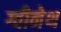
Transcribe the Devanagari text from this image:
ग्वीनेथ